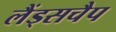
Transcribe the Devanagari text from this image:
लैंड्सचैप